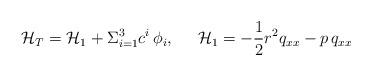
LaTeX: \begin{align*}{\cal H}_{T} = {\cal H}_1 + \Sigma_{i=1}^3 c^i \, \phi_i, \;\;\;\;\;{\cal H}_1 = - \frac{1}{2} r^2 q_{xx} - p \, q_{xx}\end{align*}